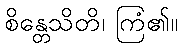
စိန္တေသိတိ၊ ကြံ၏။